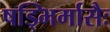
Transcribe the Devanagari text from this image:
षड्भिर्मासैः